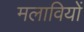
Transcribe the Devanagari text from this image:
मलावियों